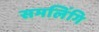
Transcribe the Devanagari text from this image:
समलिंगि